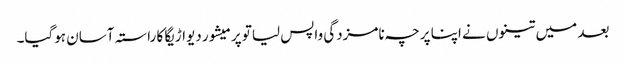
بعد میں تینوں نے اپنا پرچہ نامزدگی واپس لیاتو پرمیشور دیواڑیگا کا راستہ آسان ہوگیا۔